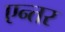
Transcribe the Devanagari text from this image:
एन्तर